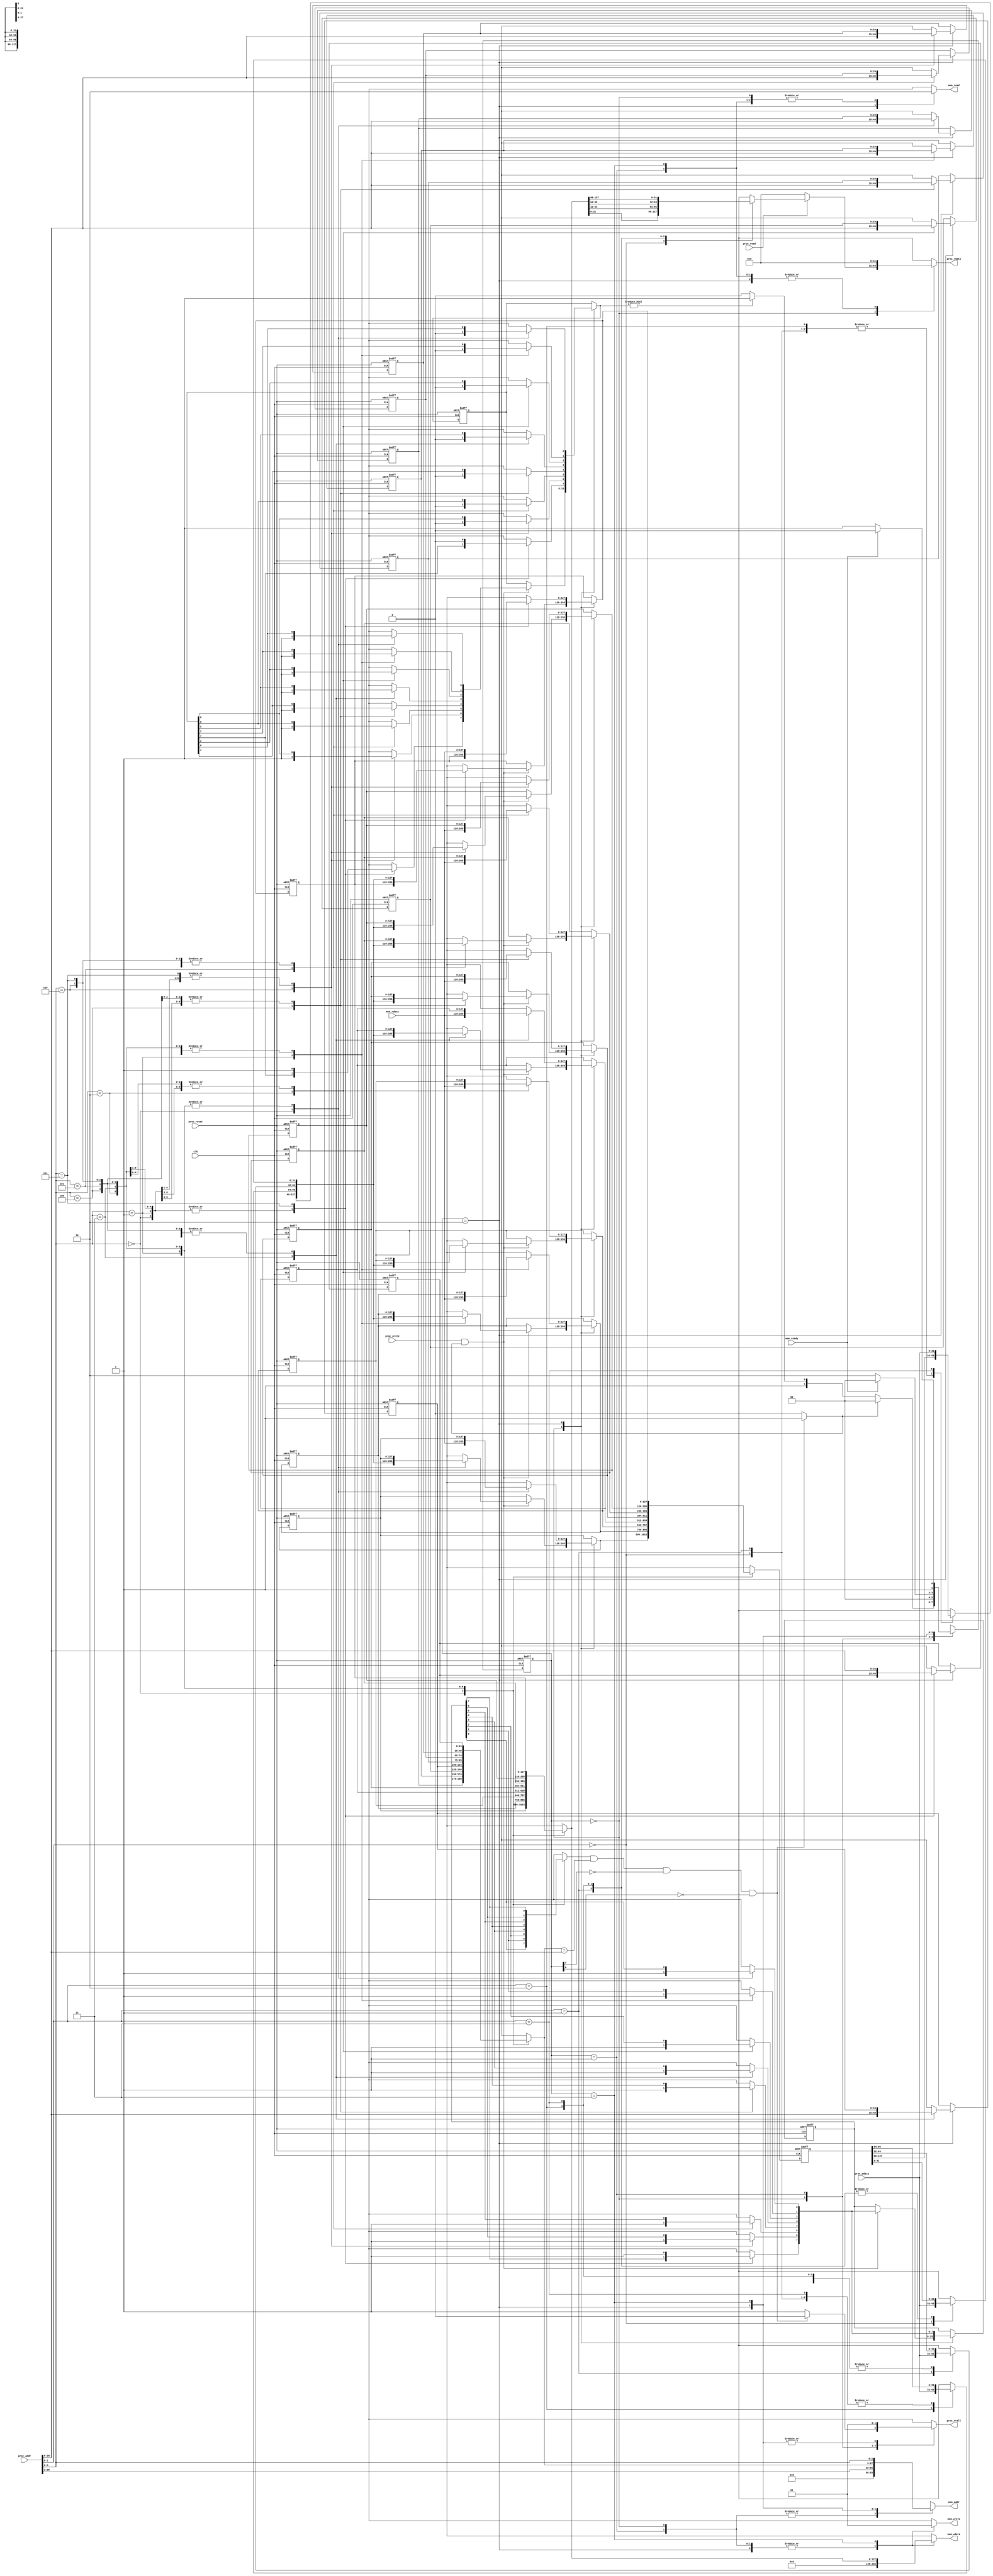
module cache(
    clk,
    proc_reset,
    proc_read,
    proc_write,
    proc_addr,
    proc_wdata,
    proc_stall,
    proc_rdata,
    mem_read,
    mem_write,
    mem_addr,
    mem_rdata,
    mem_wdata,
    mem_ready
);
    
//==== input/output definition ============================
    input          clk;
    // processor interface
    input          proc_reset;
    input          proc_read, proc_write;
    input   [29:0] proc_addr;
    input   [31:0] proc_wdata;
    output reg        proc_stall;
    output reg [31:0] proc_rdata;
    // memory interface
    input  [127:0] mem_rdata;
    input          mem_ready;
    output reg     mem_read, mem_write;
    output reg [27:0] mem_addr;
    output reg [127:0] mem_wdata;
    
//==== wire/reg definition ================================

	reg [127:0] block0, block1, block2, block3, block4, block5, block6, block7, block; 	//cache
	reg [7:0] valid, valid_save;
	reg [7:0] dirty, dirty_save;
	reg [24:0] tag0, tag1, tag2, tag3, tag4, tag5, tag6, tag7;
	reg [24:0] tag0_save, tag1_save, tag2_save, tag3_save, tag4_save, tag5_save, tag6_save, tag7_save;

	reg hit, stall, dirty_bit, valid_bit;
	reg [24:0] tag, tag_save;
	reg [127:0] data_4word;

	reg [1:0] state, next_state;

	reg [127:0] mem_data;
	reg [127:0] block0_save, block1_save,block2_save,block3_save,block4_save,block5_save,block6_save,block7_save;
	reg [127:0] block_save;


	wire clk_i, rst_i;
    
//==== combinational circuit ==============================

assign clk_i = clk;
assign rst_i = proc_reset;
	
	always@ (*) begin  //cache access
		case(proc_addr[4:2])
		3'd0: begin
			dirty_bit = dirty_save[0];
			data_4word = block0_save;
			tag = tag0_save;
			valid_bit = valid_save[0];
		end
		3'd1: begin
			dirty_bit = dirty_save[1];
			data_4word = block1_save;
			tag = tag1_save;
			valid_bit = valid_save[1];
		end

		3'd2: begin
			dirty_bit = dirty_save[2];
			data_4word = block2_save;
			tag = tag2_save;
			valid_bit = valid_save[2];
		end

		3'd3: begin
			dirty_bit = dirty_save[3];
			data_4word = block3_save;
			tag = tag3_save;
			valid_bit = valid_save[3];
		end

		3'd4: begin
			dirty_bit = dirty_save[4];
			data_4word = block4_save;
			tag = tag4_save;
			valid_bit = valid_save[4];
		end

		3'd5: begin
			dirty_bit = dirty_save[5];
			data_4word = block5_save;
			tag = tag5_save;
			valid_bit = valid_save[5];
		end

		3'd6: begin
			dirty_bit = dirty_save[6];
			data_4word = block6_save;
			tag = tag6_save;
			valid_bit = valid_save[6];
		end


		3'd7: begin
			dirty_bit = dirty_save[7];
			data_4word = block7_save;
			tag = tag7_save;
			valid_bit = valid_save[7];
		end

		endcase
	end

	always @(valid_bit or tag or proc_addr or state) begin
		if(valid_bit && (tag == proc_addr[29:5]) && ~state[1] && ~state[0]) begin
			stall = 1'b0;
			hit = 1'b1;
		end
		else begin
			stall = 1'b1;
			hit = 1'b0;
		end
	end

	always @(*) begin
			case(proc_addr[1:0])
				2'd0: begin block = block_save; block[31:0] = proc_wdata; end
				2'd1: begin block = block_save; block[63:32] = proc_wdata; end
				2'd2: begin block = block_save; block[95:64] = proc_wdata; end
				2'd3: begin block = block_save; block[127:96] = proc_wdata; end
			endcase
	end
	/*
valid[0] = valid_save[0];
dirty[0] = dirty_save[0];
valid[1] = valid_save[1];
dirty[1] = dirty_save[1];
valid[2] = valid_save[2];
dirty[2] = dirty_save[2];
valid[3] = valid_save[3];
dirty[3] = dirty_save[3];
valid[4] = valid_save[4];
dirty[4] = dirty_save[4];
valid[5] = valid_save[5];
dirty[5] = dirty_save[5];
valid[6] = valid_save[6];
dirty[6] = dirty_save[6];
valid[7] = valid_save[7];
dirty[7] = dirty_save[7];

*/
	always @(*)begin	//to write data to cache
		case(state) 
		2'b00:begin
			tag0 = tag0_save;
			tag1 = tag1_save;
			tag2 = tag2_save;
			tag3 = tag3_save;
			tag4 = tag4_save;
			tag5 = tag5_save;
			tag6 = tag6_save;
			tag7 = tag7_save;
		if(proc_write && hit) begin
			case(proc_addr[4:2])
			3'd0: begin 
				valid = valid_save;
				dirty = dirty_save;
				valid[0] = 1'b1;
				dirty[0] = 1'b1;
				block0 = block;
				block1 = block1_save;
				block2 = block2_save;
				block3 = block3_save;
				block4 = block4_save;
				block5 = block5_save;
				block6 = block6_save;
				block7 = block7_save;
				end
			3'd1: begin 
				valid = valid_save;
				dirty = dirty_save;
				valid[1] = 1'b1; 
				dirty[1] = 1'b1;
				block1 = block;
				block0 = block0_save;
				block2 = block2_save;
				block3 = block3_save;
				block4 = block4_save;
				block5 = block5_save;
				block6 = block6_save;
				block7 = block7_save;				
			end
			3'd2: begin 
				valid = valid_save;
				dirty = dirty_save;
				valid[2] = 1'b1; 
				dirty[2] = 1'b1;
				block2 = block;
				block0 = block0_save;
				block1 = block1_save;
				block3 = block3_save;	
				block4 = block4_save;
				block5 = block5_save;
				block6 = block6_save;
				block7 = block7_save;
			end
			3'd3: begin
				valid = valid_save;
				dirty = dirty_save;
				valid[3] = 1'b1; 
				dirty[3] = 1'b1;
				block3 = block;	
				block0 = block0_save;
				block1 = block1_save;
				block2 = block2_save;
				block4 = block4_save;
				block5 = block5_save;
				block6 = block6_save;
				block7 = block7_save;	
			end
			3'd4: begin 
				valid = valid_save;
				dirty = dirty_save;
				valid[4] = 1'b1; 
				dirty[4] = 1'b1;
				block4 = block; 
				block0 = block0_save;
				block1 = block1_save;
				block2 = block2_save;
				block3 = block3_save;
				block5 = block5_save;
				block6 = block6_save;
				block7 = block7_save;
			end
			3'd5: begin 
				valid = valid_save;
				dirty = dirty_save;
				valid[5] = 1'b1; 
				dirty[5] = 1'b1;
				block5 = block;
				block0 = block0_save;
				block1 = block1_save;
				block2 = block2_save;
				block3 = block3_save;
				block4 = block4_save;
				block6 = block6_save;
				block7 = block7_save; 
			end
			3'd6: begin 
				valid = valid_save;
				dirty = dirty_save;
				valid[6] = 1'b1; 
				dirty[6] = 1'b1;
				block6 = block; 
				block0 = block0_save;
				block1 = block1_save;
				block2 = block2_save;
				block3 = block3_save;
				block4 = block4_save;
				block5 = block5_save;
				block7 = block7_save;
			end
			3'd7: begin 
				valid = valid_save;
				dirty = dirty_save;
				valid[7] = 1'b1; 
				dirty[7] = 1'b1;
				block7 = block; 
				block0 = block0_save;
				block1 = block1_save;
				block2 = block2_save;
				block3 = block3_save;
				block4 = block4_save;
				block5 = block5_save;
				block6 = block6_save;
			end
			endcase
		end
		else begin
			valid = valid_save;
			dirty = dirty_save;
			block0 = block0_save;
			block1 = block1_save;
			block2 = block2_save;
			block3 = block3_save;
			block4 = block4_save;
			block5 = block5_save;
			block6 = block6_save;
			block7 = block7_save;
		end
		end
		2'b10:begin
			case(proc_addr[4:2])
			3'd0: begin 	
				valid = valid_save;
				dirty = dirty_save;
				valid[0] = 1'b1; 
				tag0 = proc_addr[29:5];
				tag1 = tag1_save;
				tag2 = tag2_save;
				tag3 = tag3_save;
				tag4 = tag4_save;
				tag5 = tag5_save;
				tag6 = tag6_save;
				tag7 = tag7_save;
				dirty[0] = 1'b0;
				block0 = mem_rdata;
				block1 = block1_save;
				block2 = block2_save;
				block3 = block3_save;
				block4 = block4_save;
				block5 = block5_save;
				block6 = block6_save;
				block7 = block7_save;				 
			end
			3'd1: begin 
				valid = valid_save;
				dirty = dirty_save;
				valid[1] = 1'b1; 
				tag1 = proc_addr[29:5];
				tag0 = tag0_save;
				tag2 = tag2_save;
				tag3 = tag3_save;
				tag4 = tag4_save;
				tag5 = tag5_save;
				tag6 = tag6_save;
				tag7 = tag7_save;
				dirty[1] = 1'b0;
				block1 = mem_rdata; 
				block0 = block0_save;
				block2 = block2_save;
				block3 = block3_save;
				block4 = block4_save;
				block5 = block5_save;
				block6 = block6_save;
				block7 = block7_save;
			end
			3'd2: begin 
				valid = valid_save;
				dirty = dirty_save;
				valid[2] = 1'b1; 
				tag2 = proc_addr[29:5];
				tag0 = tag0_save;
				tag1 = tag1_save;
				tag3 = tag3_save;
				tag4 = tag4_save;
				tag5 = tag5_save;
				tag6 = tag6_save;
				tag7 = tag7_save;
				dirty[2] = 1'b0;
				block2 = mem_rdata; 
				block0 = block0_save;
				block1 = block1_save;
				block3 = block3_save;
				block4 = block4_save;
				block5 = block5_save;
				block6 = block6_save;
				block7 = block7_save;
			end
			3'd3: begin 
				valid = valid_save;
				dirty = dirty_save;
				valid[3] = 1'b1; 
				tag3 = proc_addr[29:5];
				tag0 = tag0_save;
				tag1 = tag1_save;
				tag2 = tag2_save;
				tag4 = tag4_save;
				tag5 = tag5_save;
				tag6 = tag6_save;
				tag7 = tag7_save;
				dirty[3] = 1'b0;
				block3 = mem_rdata; 
				block0 = block0_save;
				block1 = block1_save;
				block2 = block2_save;
				block4 = block4_save;
				block5 = block5_save;
				block6 = block6_save;
				block7 = block7_save;
			end
			3'd4: begin 
				valid = valid_save;
				dirty = dirty_save;
				valid[4] = 1'b1; 
				tag4 = proc_addr[29:5];
				tag0 = tag0_save;
				tag1 = tag1_save;
				tag2 = tag2_save;
				tag3 = tag3_save;
				tag5 = tag5_save;
				tag6 = tag6_save;
				tag7 = tag7_save;
				dirty[4] = 1'b0;
				block4 = mem_rdata; 
				block0 = block0_save;
				block1 = block1_save;
				block2 = block2_save;
				block3 = block3_save;
				block5 = block5_save;
				block6 = block6_save;
				block7 = block7_save;
			end
			3'd5: begin 
				valid = valid_save;
				dirty = dirty_save;
				valid[5] = 1'b1; 
				tag5 = proc_addr[29:5];
				tag0 = tag0_save;
				tag1 = tag1_save;
				tag2 = tag2_save;
				tag3 = tag3_save;
				tag4 = tag4_save;
				tag6 = tag6_save;
				tag7 = tag7_save;
				dirty[5] = 1'b0;
				block5 = mem_rdata; 
				block0 = block0_save;
				block1 = block1_save;
				block2 = block2_save;
				block3 = block3_save;
				block4 = block4_save;
				block6 = block6_save;
				block7 = block7_save;
			end
			3'd6: begin 
				valid = valid_save;
				dirty = dirty_save;
				valid[6] = 1'b1; 
				tag6 = proc_addr[29:5];
				tag0 = tag0_save;
				tag1 = tag1_save;
				tag2 = tag2_save;
				tag3 = tag3_save;
				tag4 = tag4_save;
				tag5 = tag5_save;
				tag7 = tag7_save;
				dirty[6] = 1'b0;
				block6 = mem_rdata; 
				block0 = block0_save;
				block1 = block1_save;
				block2 = block2_save;
				block3 = block3_save;
				block4 = block4_save;
				block5 = block5_save;
				block7 = block7_save;
			end
			3'd7: begin 
				valid = valid_save;
				dirty = dirty_save;
				valid[7] = 1'b1; 
				tag7 = proc_addr[29:5];
				tag0 = tag0_save;
				tag1 = tag1_save;
				tag2 = tag2_save;
				tag3 = tag3_save;
				tag4 = tag4_save;
				tag5 = tag5_save;
				tag6 = tag6_save;
				dirty[7] = 1'b0;
				block7 = mem_rdata; 
				block0 = block0_save;
				block1 = block1_save;
				block2 = block2_save;
				block3 = block3_save;
				block4 = block4_save;
				block5 = block5_save;
				block6 = block6_save;
			end
			endcase
		end
		default: begin
				valid = valid_save;
				dirty = dirty_save;
				tag0 = tag0_save;
				tag1 = tag1_save;
				tag2 = tag2_save;
				tag3 = tag3_save;
				tag4 = tag4_save;
				tag5 = tag5_save;
				tag6 = tag6_save;
				tag7 = tag7_save;
				block0 = block0_save;
				block1 = block1_save;
				block2 = block2_save;
				block3 = block3_save;
				block4 = block4_save;
				block5 = block5_save;
				block6 = block6_save;
				block7 = block7_save;	
		end
		endcase
	
	end

	always @(*) begin	//for state
		case(state) 
			2'b00:begin 	//Read or Write
				if(hit) begin
					next_state = 2'b00;
				end
				else if(dirty) begin
					next_state = 2'b11;
				end
				else begin
					next_state = 2'b10;
				end
			end

			2'b01:begin
				next_state = 2'b00;
			end

			2'b10:begin	//Write 4-word data from memory to cache
				if(mem_ready) begin
					next_state = 2'b00;
				end
				else begin
					next_state = 2'b10;
				end
			end
			2'b11:begin	//Write back
				if(mem_ready) begin
					next_state = 2'b10;
				end
				else begin
					next_state = 2'b11;
				end
			end
		endcase
	end

	always @(*) begin	//for output
		case(state)	
			2'b00:begin	//Read or Write
				proc_stall = stall;
				mem_read = 1'b0;
				mem_write = 1'b0;
				mem_addr = 28'b0;
				mem_wdata = 128'b0;
				if(proc_read) begin
					case(proc_addr[1:0])
						2'd0: proc_rdata = data_4word[31:0];
						2'd1: proc_rdata = data_4word[63:32];
						2'd2: proc_rdata = data_4word[95:64];
						2'd3: proc_rdata = data_4word[127:96];
					endcase
				end
				else begin
					proc_rdata = 32'b0;
				end
			end

			2'b01: begin
				proc_stall = 1'b0;
				proc_rdata = 32'b0;
				mem_read = 1'b0;
				mem_write = 1'b0;
				mem_addr = 28'b0;
				mem_wdata = 128'b0;
			end
			2'b10:begin	//Write data from memory to cahce
				proc_stall = 1'b1;
				proc_rdata = 32'b0;
				mem_read = 1'b1;
				mem_write = 1'b0;
				mem_addr = proc_addr[29:2];
				mem_wdata = 128'b0;
			end

			2'b11:begin	//Write back
				proc_stall = 1'b1;
				proc_rdata = 32'b0;
				mem_read = 1'b0;
				mem_write = 1'b1;
				mem_addr = {tag, proc_addr[4:2]};
				mem_wdata = data_4word;
			end
		endcase
	end


	

	



//==== sequential circuit =================================
	always@( posedge clk or posedge proc_reset ) begin
	    if( proc_reset ) begin
	    	state <= 2'b00;
			valid_save <= 8'b0;
			dirty_save <= 8'b0;  
			tag0_save <= 25'b0;  
			tag1_save <= 25'b0;  
			tag2_save <= 25'b0;  
			tag3_save <= 25'b0;  
			tag4_save <= 25'b0;  
			tag5_save <= 25'b0;  
			tag6_save <= 25'b0;  
			tag7_save <= 25'b0;  
		end
	    else begin
	    	state <= next_state;
			valid_save <= valid;
			dirty_save <= dirty;
			tag0_save <= tag0;
			tag1_save <= tag1;
			tag2_save <= tag2;
			tag3_save <= tag3;
			tag4_save <= tag4;
			tag5_save <= tag5;
			tag6_save <= tag6;
			tag7_save <= tag7;
	    end
	end

	always @(posedge clk_i or posedge rst_i) begin
		if(rst_i) begin
			block0_save <= 128'b0;
			block1_save <= 128'b0;
			block2_save <= 128'b0;
			block3_save <= 128'b0;
			block4_save <= 128'b0;
			block5_save <= 128'b0;
			block6_save <= 128'b0;
			block7_save <= 128'b0;	
			block_save <= 128'b0;
		end
		else begin
			block0_save <= block0;
			block1_save <= block1;
			block2_save <= block2;
			block3_save <= block3;
			block4_save <= block4;
			block5_save <= block5;
			block6_save <= block6;
			block7_save <= block7;
			case(proc_addr[4:2])
			3'd0: block_save <= block0;
			3'd1: block_save <= block1;
			3'd2: block_save <= block2;
			3'd3: block_save <= block3;
			3'd4: block_save <= block4;
			3'd5: block_save <= block5;
			3'd6: block_save <= block6;
			3'd7: block_save <= block7;
			endcase
		end
	end
endmodule